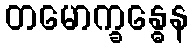
တမောက္ခန္ဓေန